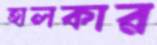
হালকার